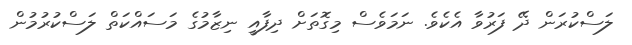
ލަސްކުރަން ދޭ ފަރުވާ އެކެވެ. ނަމަވެސް މިގޮތަށް ދިފާއީ ނިޒާމުގެ މަސައްކަތް ލަސްކުރުމުން